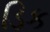
ડિક